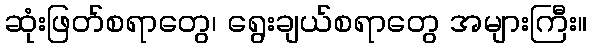
ဆုံးဖြတ်စရာတွေ၊ ရွေးချယ်စရာတွေ အများကြီး။